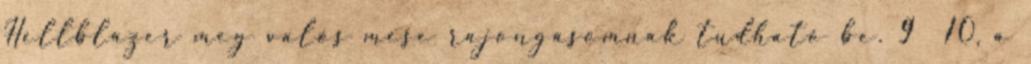
Hellblazer meg valós mese rajongásomnak tudható be. 9 10, a